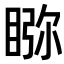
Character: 𥇎